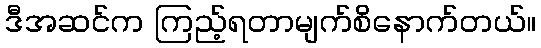
ဒီအဆင်က ကြည့်ရတာမျက်စိနောက်တယ်။